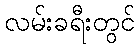
လမ်းခရီးတွင်